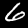
Label: 6